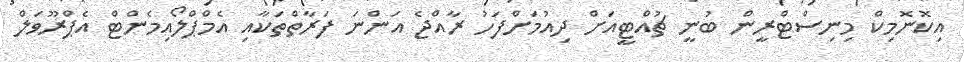
އިކޮނޮމިކް މިނިސްޓްރީން ބުނީ ޗުއްޓީއަށް ދިއުމަށްފަހު ރާއްޖެ އަންނަ ފަރާތްތަކާއި އެމްޕްލޯއިމެންޓް އެޕްރޫވަލް